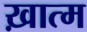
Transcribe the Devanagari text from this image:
ख़ात्म